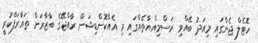
ހޮޓެލް ޖެންގައި މިއަދު ބޭއްވި ރަސްމިއްޔާތެއްގައި މި އެއާކޮންޑިޝަން ރާއްޖޭގެ ބާޒާރަށް ތައާރަފްކުރީ